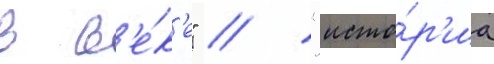
в в'е́к'е" / "исто́р'иа